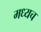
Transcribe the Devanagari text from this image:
मध्यच